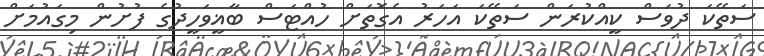
ސަތޭކަ ދުވަސް ކީއްކުރަން ސަތޭކަ އަހަރު އެގޮތަށް ހުއްޓަސް ބާޣީވަހީދުގެ ފުށުން މިގައުމަށް